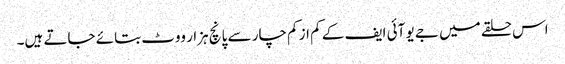
اس حلقے میں جے یو آئی ایف کے کم از کم چار سے پانچ ہزار ووٹ بتائے جاتے ہیں۔